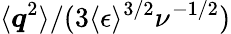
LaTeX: \langle\boldsymbol{q}^{2}\rangle/(3\langle\epsilon\rangle^{3/2}\nu^{-1/2})